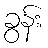
ခွန်း